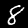
Digit: 8